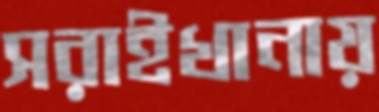
সরাইখানায়